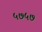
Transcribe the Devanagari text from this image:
५७५७